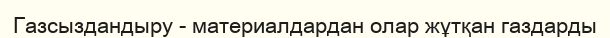
Газсыздандыру - материалдардан олар жұтқан газдарды